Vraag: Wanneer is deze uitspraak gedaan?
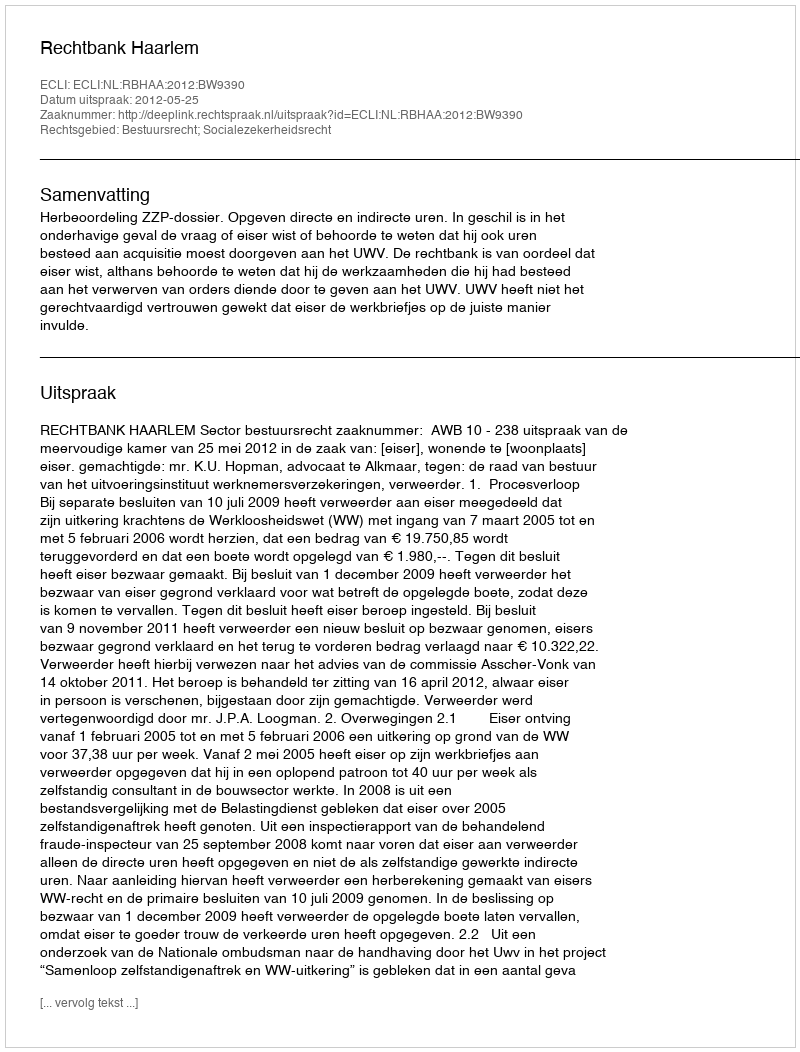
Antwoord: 2012-05-25